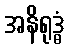
အနိရုဒ္ဓံ